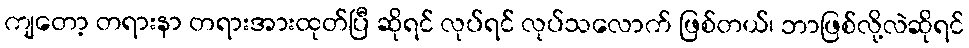
ကျတော့ တရားနာ တရားအားထုတ်ပြီ ဆိုရင် လုပ်ရင် လုပ်သလောက် ဖြစ်တယ်၊ ဘာဖြစ်လို့လဲဆိုရင်